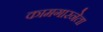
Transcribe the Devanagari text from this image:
कामगारनेता